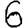
Digit: 6